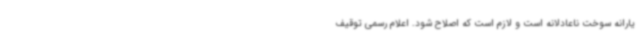
یارانه سوخت ناعادلانه است و لازم است که اصلاح شود. اعلام رسمی توقیف